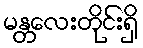
မန္တလေးတိုင်းရှိ